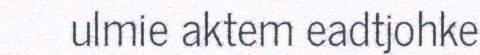
ulmie aktem eadtjohke